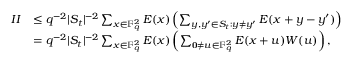
\begin{array} { r l } { I I } & { \le q ^ { - 2 } | S _ { t } | ^ { - 2 } \sum _ { x \in \mathbb F _ { q } ^ { 2 } } E ( x ) \left( \sum _ { y , y ^ { \prime } \in S _ { t } : y \ne y ^ { \prime } } E ( x + y - y ^ { \prime } ) \right) } \\ & { = q ^ { - 2 } | S _ { t } | ^ { - 2 } \sum _ { x \in \mathbb F _ { q } ^ { 2 } } E ( x ) \left( \sum _ { \mathbf { 0 } \ne u \in \mathbb F _ { q } ^ { 2 } } E ( x + u ) W ( u ) \right) , } \end{array}